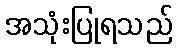
အသုံးပြုရသည်